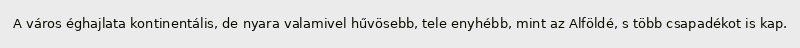
A város éghajlata kontinentális, de nyara valamivel hűvösebb, tele enyhébb, mint az Alföldé, s több csapadékot is kap.